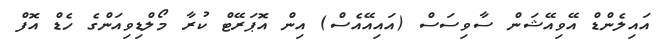
އައިލެންޑް އޭވިއޭޝަން ސާވިސަސް (އައިއޭއެސް) އިން އޮޕަރޭޓް ކުރާ މޯލްޑިވިއަންގެ ހެޑް އޮފް